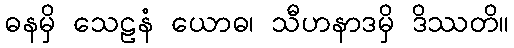
ဓနမှိ သေဠနံ ယောဓ၊ သီဟနာဒမှိ ဒိဿတိ။